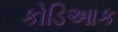
કોડિઆક